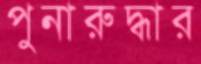
পুনারুদ্ধার